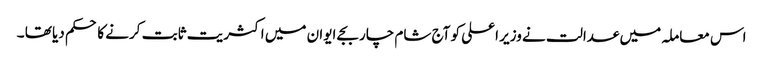
اس معاملہ میں عدالت نے وزیر اعلی کو آج شام چار بجے ایوان میں اکثریت ثابت کرنے کا حکم دیا تھا ۔